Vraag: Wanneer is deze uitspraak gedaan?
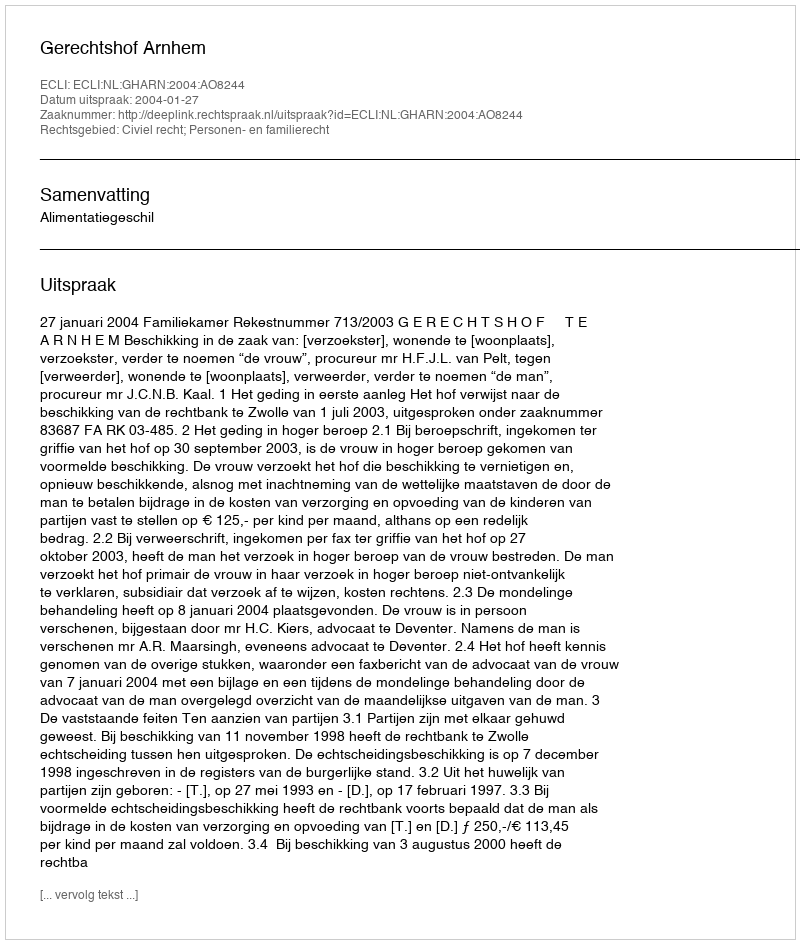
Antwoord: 2004-01-27